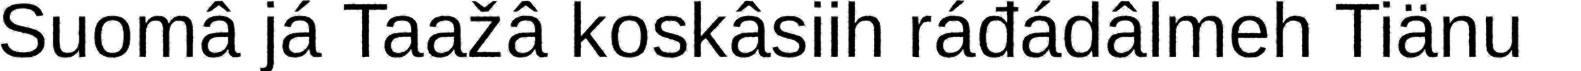
Suomâ já Taažâ koskâsiih ráđádâlmeh Tiänu